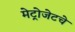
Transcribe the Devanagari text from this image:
मेट्रोजेटचे